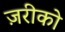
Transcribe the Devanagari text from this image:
ज़रीको